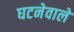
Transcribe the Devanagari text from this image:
घटनेवाले